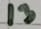
Text: 13